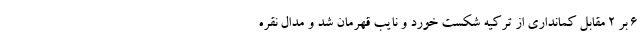
۶ بر ۲ مقابل کمانداری از ترکیه شکست خورد و نایب قهرمان شد و مدال نقره